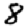
Digit: 8